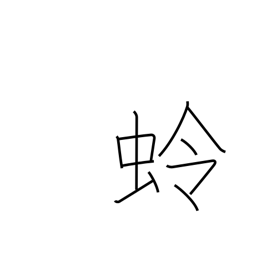
Meaning: moon moth